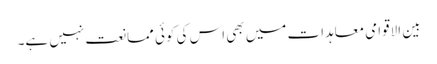
بین الاقوامی معاہدات میں بھی اس کی کوئی ممانعت نہیں ہے۔